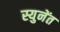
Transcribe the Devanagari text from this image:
स्युनेंत